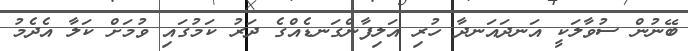
ބޭނުން ސުވާލަކީ އަނދައަނދާ ހުރި އަލިފާންގަނޑެއްގެ ދަރު ކަމުގައި ވުމަށް ކަލާ އެދެމު